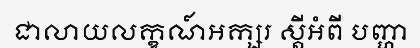
ជាលាយលក្ខណ៍អក្សរ ស្តីអំពី បញ្ហា